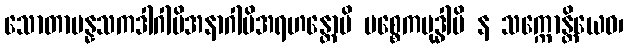
သောတာပန္နသကဒါဂါမိအနာဂါမိအရဟန္တောပိ ပစ္စေကဗုဒ္ဓါပိ န သက္ကောန္တိယေဝ၊